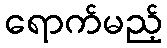
ရောက်မည့်